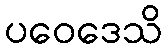
ပဝေဒေသိ